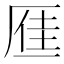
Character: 𪠐